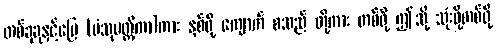
တစ်ခုခုနှင့်မြေ (ပံသုမတ္တိကာ)ကား နှစ်ဖို့ ကျောက် စသည် တို့ကား တစ်ဖို့ ဤသို့ သုံးဖို့တစ်ဖို့